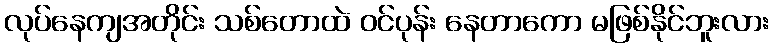
လုပ်နေကျအတိုင်း သစ်တောထဲ ဝင်ပုန်း နေတာကော မဖြစ်နိုင်ဘူးလား